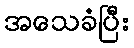
အသေခံပြီး